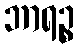
ဘာရဉ္စ